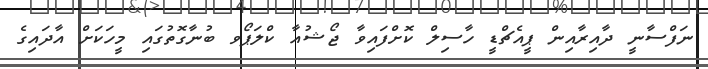
ނަފްސާނީ ދާއިރާއިން ޕީއެޗްޑީ ހާސިލް ކޮށްފައިވާ ޖޯޝުއާ ކްލަޕޯވ ބުނާގޮތުގައި މީހަކަށް އާދައިގެ